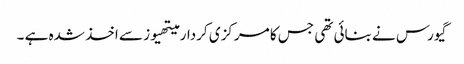
گیورس نے بنائی تھی جس کا مرکزی کردار میتھیوز سے اخذ شدہ ہے ۔